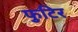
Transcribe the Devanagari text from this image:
फुटिर